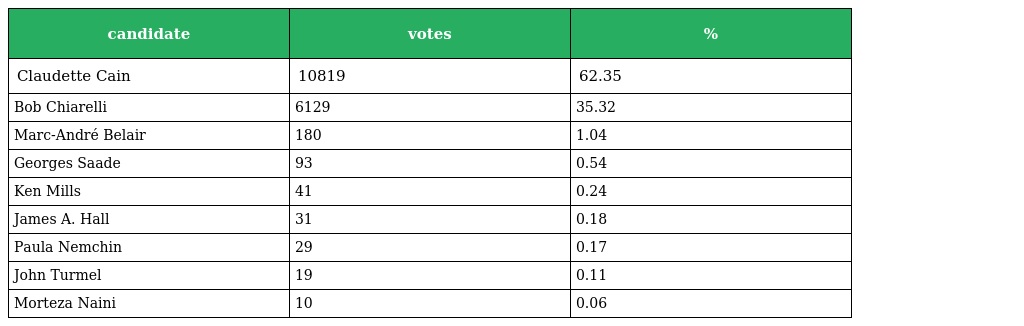
| candidate | votes | % |
 | --- | --- | --- |
 | Claudette Cain | 10819 | 62.35 |
 | Bob Chiarelli | 6129 | 35.32 |
 | Marc-André Belair | 180 | 1.04 |
 | Georges Saade | 93 | 0.54 |
 | Ken Mills | 41 | 0.24 |
 | James A. Hall | 31 | 0.18 |
 | Paula Nemchin | 29 | 0.17 |
 | John Turmel | 19 | 0.11 |
 | Morteza Naini | 10 | 0.06 |